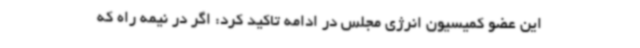
این عضو کمیسیون انرژی مجلس در ادامه تاکید کرد: اگر در نیمه راه که